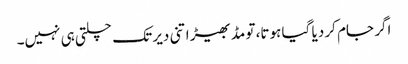
اگر جام کر دیا گیا ہوتا، تو مڈبھیڑ اتنی دیر تک چلتی ہی نہیں۔